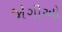
જોગીઓ